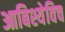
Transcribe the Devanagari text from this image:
आबिश्येविच